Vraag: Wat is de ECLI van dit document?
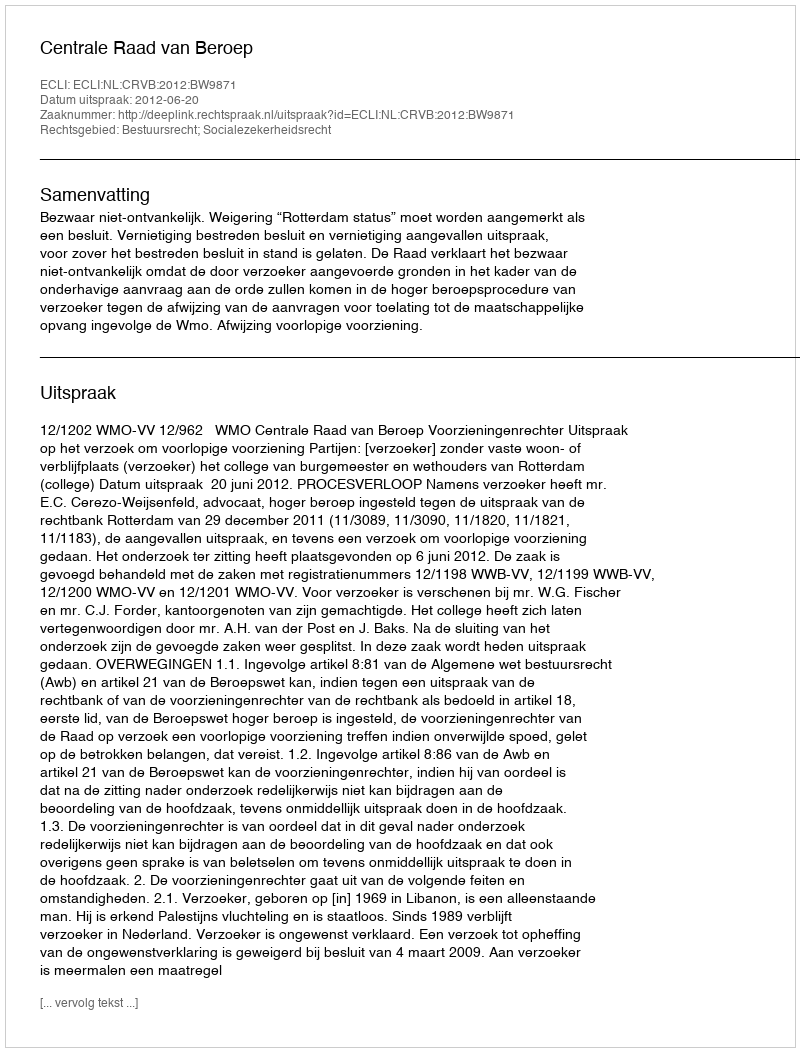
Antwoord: ECLI:NL:CRVB:2012:BW9871